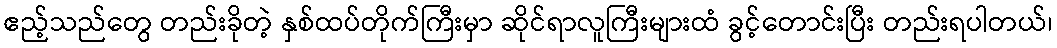
ဧည့်သည်တွေ တည်းခိုတဲ့ နှစ်ထပ်တိုက်ကြီးမှာ ဆိုင်ရာလူကြီးများထံ ခွင့်တောင်းပြီး တည်းရပါတယ်၊